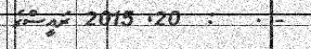
- .   :  20